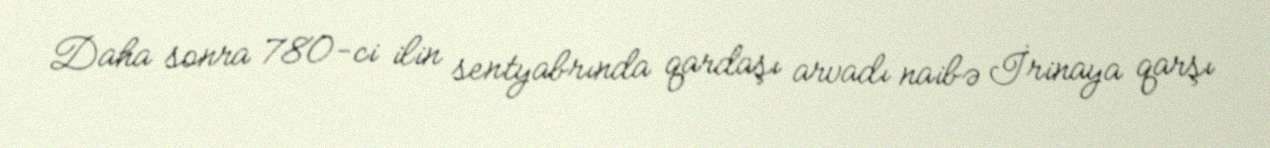
Daha sonra 780-ci ilin sentyabrında qardaşı arvadı naibə İrinaya qarşı